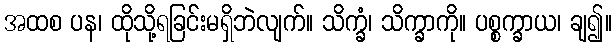
အထစ ပန၊ ထိုသို့ရခြင်းမရှိဘဲလျက်။ သိက္ခံ၊ သိက္ခာကို။ ပစ္စက္ခာယ၊ ချ၍။